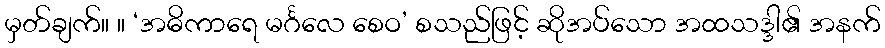
မှတ်ချက်။ ။ ‘အဓိကာရေ မင်္ဂလေ စေဝ’ စသည်ဖြင့် ဆိုအပ်သော အထသဒ္ဒါ၏ အနက်